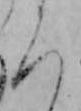
ろ